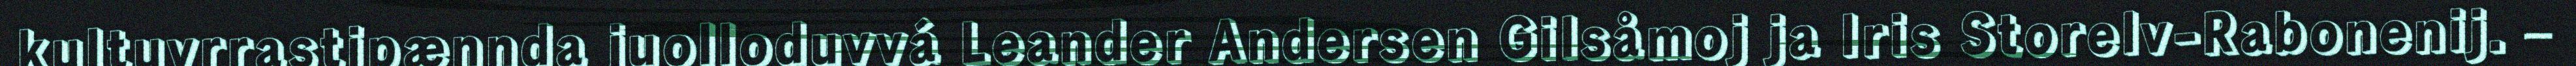
kultuvrrastipænnda juolloduvvá Leander Andersen Gilsåmoj ja Iris Storelv-Rabonenij. –